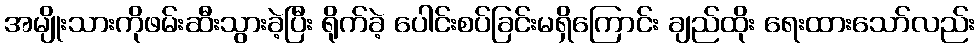
အမျိုးသားကိုဖမ်းဆီးသွားခဲ့ပြီး ရိုက်ခဲ့ ပေါင်းစပ်ခြင်းမရှိကြောင်း ချည်ထိုး ရေးထားသော်လည်း